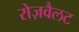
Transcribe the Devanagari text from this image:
रोज़वैलट